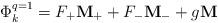
LaTeX: \begin{align*}\Phi_k^{q=1} = F_+{\bf M}_+ + F_- {\bf M}_- + g {\bf M}\end{align*}